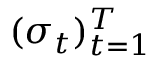
( \sigma _ { t } ) _ { t = 1 } ^ { T }